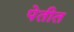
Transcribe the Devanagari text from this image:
पेतीत